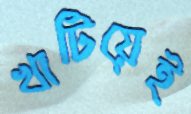
খাটিয়েই